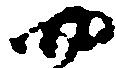
四